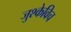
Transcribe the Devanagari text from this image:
जुश्केविच